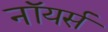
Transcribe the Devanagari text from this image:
नॉयर्स